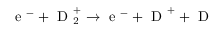
\mathrm { ~ e ~ } ^ { - } + \mathrm { ~ D ~ } _ { 2 } ^ { + } \rightarrow \mathrm { ~ e ~ } ^ { - } + \mathrm { ~ D ~ } ^ { + } + \mathrm { ~ D ~ }